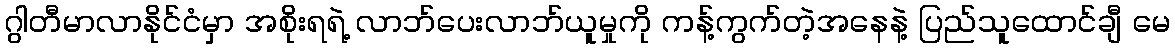
ဂွါတီမာလာနိုင်ငံမှာ အစိုးရရဲ့ လာဘ်ပေးလာဘ်ယူမှုကို ကန့်ကွက်တဲ့အနေနဲ့ ပြည်သူထောင်ချီ မေ